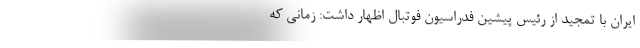
ایران با تمجید از رئیس پیشین فدراسیون فوتبال اظهار داشت: زمانی که